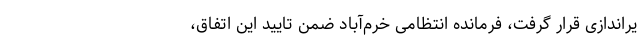
یراندازی قرار گرفت، فرمانده انتظامی خرم‌آباد ضمن تایید این اتفاق،